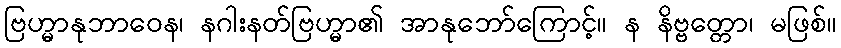
ဗြဟ္မာနုဘာဝေန၊ နဂါးနတ်ဗြဟ္မာ၏ အာနုဘော်ကြောင့်။ န နိဗ္ဗတ္တော၊ မဖြစ်။